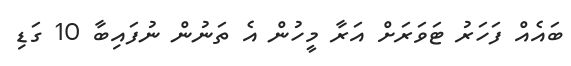
ބައެއް ފަހަރު ޓަވަރަށް އަރާ މީހުން އެ ތަނުން ނުފައިބާ 10 ގަޑި